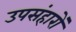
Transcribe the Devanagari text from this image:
उपसंहारों